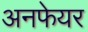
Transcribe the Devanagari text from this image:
अनफेयर